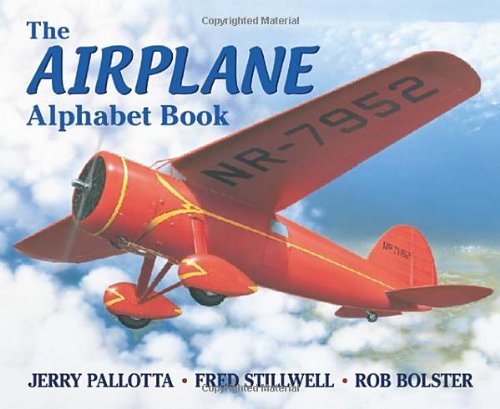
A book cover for The Airplane Alphabet Book; Jerry Pallotta; Children's Books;